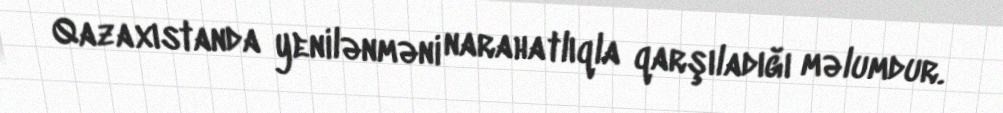
Qazaxıstanda yenilənməni narahatlıqla qarşıladığı məlumdur.